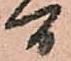
間